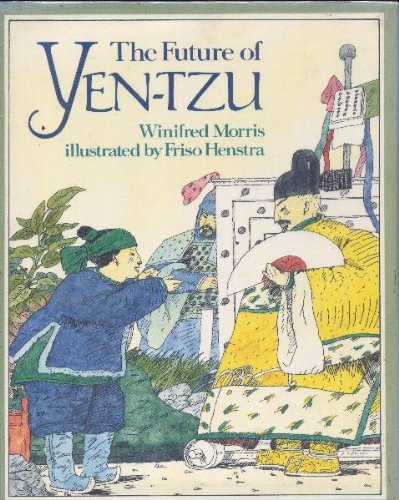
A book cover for The FUTURE OF YEN TSU; Richard Morris; Children's Books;